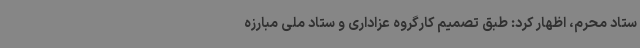
ستاد محرم، اظهار کرد: طبق تصمیم کارگروه عزاداری و ستاد ملی مبارزه